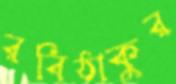
রবিঠাকুর